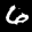
Label: 6